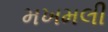
મખમલી